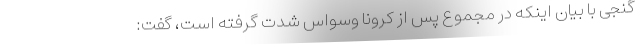
گنجی با بیان اینکه در مجموع پس از کرونا وسواس شدت گرفته است، گفت: